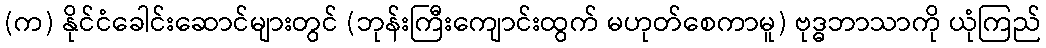
(က) နိုင်ငံခေါင်းဆောင်များတွင် (ဘုန်းကြီးကျောင်းထွက် မဟုတ်စေကာမူ) ဗုဒ္ဓဘာသာကို ယုံကြည်